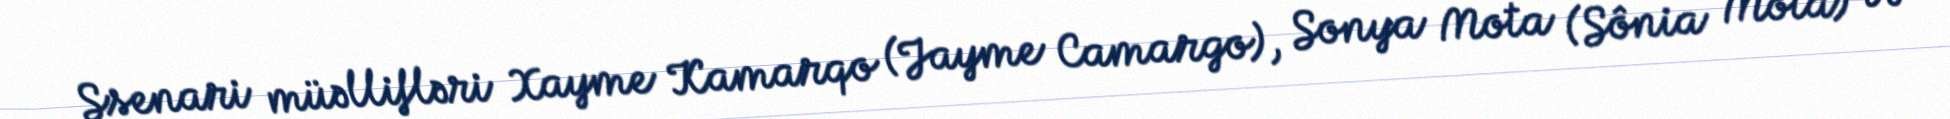
Ssenari müəllifləri Xayme Kamarqo (Jayme Camargo), Sonya Mota (Sônia Mota) və